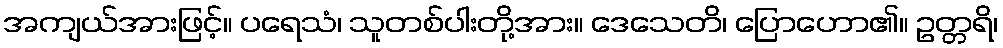
အကျယ်အားဖြင့်။ ပရေသံ၊ သူတစ်ပါးတို့အား။ ဒေသေတိ၊ ပြောဟော၏။ ဥတ္တရိ၊